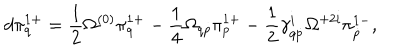
d \pi _ { q } ^ { 1 + } = \frac 1 2 \Omega ^ { ( 0 ) } \pi _ { q } ^ { 1 + } - \frac 1 4 \Omega _ { q p } \pi _ { p } ^ { 1 + } - \frac 1 2 \gamma _ { q \dot { p } } ^ { i } \Omega ^ { + 2 i } \pi _ { \dot { p } } ^ { 1 - } ,